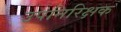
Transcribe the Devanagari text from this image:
उपनिरिक्षक